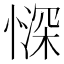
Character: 𱟃